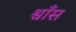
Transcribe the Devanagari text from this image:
श्वाँस